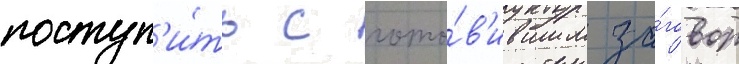
поступ'и́ть с гото́в'ившим за́говор